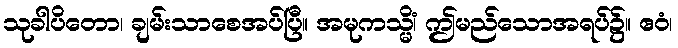
သုခါပိတော၊ ချမ်းသာစေအပ်ပြီ။ အမုကသ္မိံ၊ ဤမည်သောအရပ်၌။ ဧဝံ၊